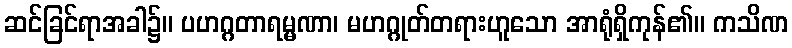
ဆင်ခြင်ရာအခါ၌။ ပဟဂ္ဂတာရမ္မဏာ၊ မဟဂ္ဂုတ်တရားဟူသော အာရုံရှိကုန်၏။ ကသိဏ